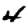
Digit: 4